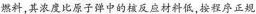
燃料，其浓度比原子弹中的核反应材料低，按程序正规